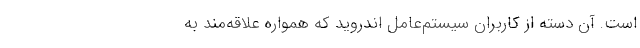
است. آن دسته از کاربران سیستم‌عامل اندروید که همواره علاقه‌مند به